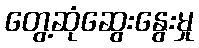
တွေ့ဆုံဆွေးနွေးမှု